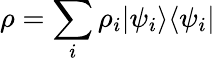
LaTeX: \rho=\sum_{i}\rho_{i}|\psi_{i}\rangle\langle\psi_{i}|